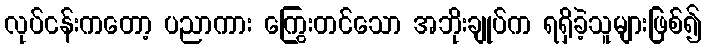
လုပ်ငန်းကတော့ ပညာကား ကြွေးတင်သော အဘိုးချုပ်က ရရှိခဲ့သူများဖြစ်၍